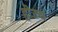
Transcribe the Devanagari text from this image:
होउच